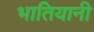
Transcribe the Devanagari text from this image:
भातियानी